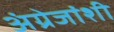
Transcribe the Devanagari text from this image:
अंग्रेजांशी